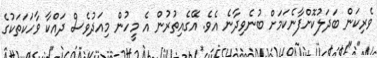
ވެރިކަން ބަދަލުކޮށްފާނެކަމަށް ބުނެވިދާނެ އެވެ. އޭގެއިތުރުން އެ މީހުން މިއަދުވެސް ދައްކާ ވާހަކަތަކުގެ